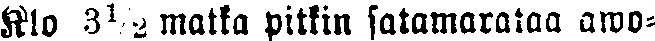
Klo 3½ matka pitkin satamarataa awo-